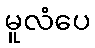
မူလံပေ